Punjab Mental Hospital Lahore 1922-31 - 1922-1931
Year: 1922
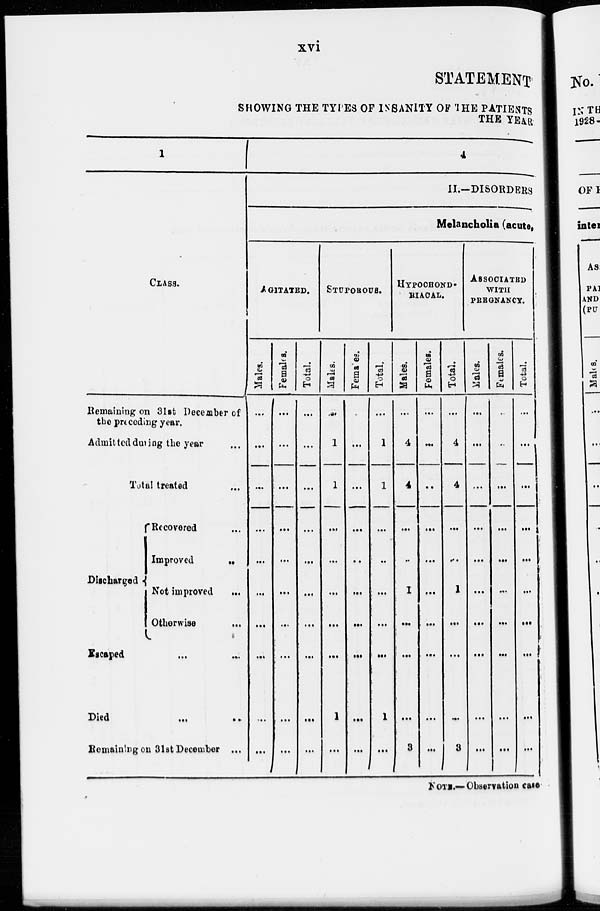
xvi
STATEMENT
SHOWING THE TYPES OF INSANITY OF THE PATIENTS
THE YEAR
1
CLASS.
Remaining on 31st December of
the preceding year.
Admitted during the year
...
Total treated
Discharged
Recovered ...
Improved
...
Not improved
...
Otherwise
...
Escaped ... ...
Died ... ...
Remaining on 31st December ...
4
II.—DISORDERS
Melancholia (acute,
AGITATED.
Males.
...
...
...
...
...
...
...
...
...
...
Females.
...
...
...
...
...
...
...
...
...
...
Total.
...
...
...
...
...
...
...
...
...
...
STUPOROUS.
Males.
...
1
1
...
...
...
...
...
1
...
Females.
...
...
...
...
...
...
...
...
...
...
Total.
...
1
1
...
...
...
...
...
1
...
HYPOCHOND-
RIACAL.
Males.
...
4
4
...
...
1
...
...
...
3
Females.
...
...
...
...
...
...
...
...
...
...
Total.
...
4
4
...
...
1
...
...
3
ASSOCIATED
WITH
PREGNANCY.
Males.
...
...
...
...
...
...
...
...
...
...
Females.
...
...
...
...
...
...
...
...
...
...
Total.
...
...
...
...
...
...
...
...
...
...
NOTE.—Observation cases